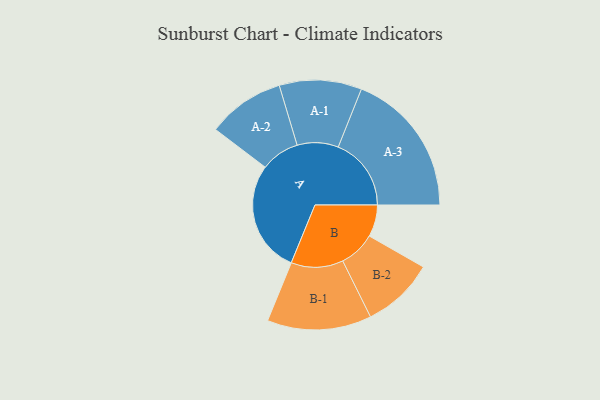
{"axis": {"x": "Segment", "y": "Value"}, "legend": ["", "A", "B"], "data": [{"x": "A", "y": 409, "type": ""}, {"x": "B", "y": 116, "type": ""}, {"x": "A-1", "y": 150, "type": "A"}, {"x": "A-2", "y": 141, "type": "A"}, {"x": "A-3", "y": 266, "type": "A"}, {"x": "B-1", "y": 190, "type": "B"}, {"x": "B-2", "y": 132, "type": "B"}]}